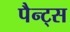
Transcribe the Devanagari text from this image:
पैन्ट्स